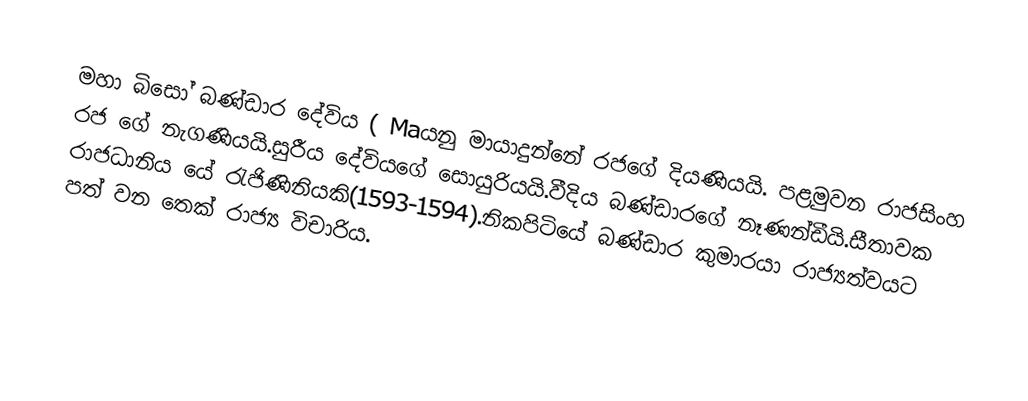
මහා බිසෝ බණ්ඩාර දේවිය ( Maයනු මායාදුන්නේ රජගේ දියණියයි. පළමුවන  රාජසිංහ රජ ගේ නැගණියයි.සුරීය දේවියගේ සොයුරියයි.වීදිය බණ්ඩාරගේ නෑණන්ඩීයි.සීතාවක රාජධානිය යේ රැජිණිනියකි(1593-1594).නිකපිටියේ බණ්ඩාර කුමාරයා රාජ්‍යත්වයට පත් වන තෙක් රාජ්‍ය විචාරිය.